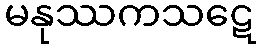
မနုဿကသဋေ